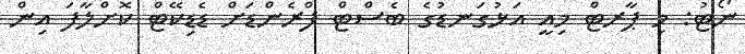
ނޯޓު: މި ޕާރޓް މިއީ އަޅުގަނޑުގެ ބެސްޓް ފްރެންޑަށް ޑެޑިކޭޓް ކޮށްލާފަ އިން